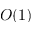
O ( 1 )